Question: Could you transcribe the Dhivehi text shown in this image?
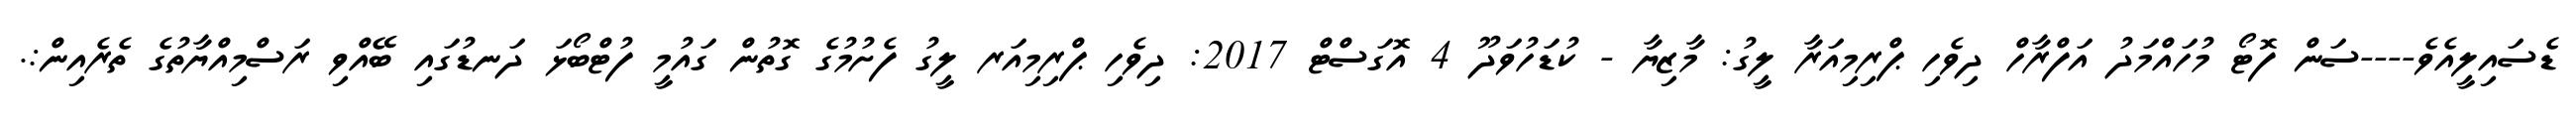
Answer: ޑެސައިލީއެވެ----ސަން ފޮޓޯ މުހައްމަދު އަފްރާހް ދިވެހި ޕްރިމިއަރާ ލީގު: މާޒިޔާ - ކުޑަހުވަދޫ 4 އޮގަސްޓް 2017: ދިވެހި ޕްރިމިއަރ ލީގު ފެށުމުގެ ގޮތުން ގައުމީ ފުޓްބޯޅަ ދަނޑުގައި ބޭއްވި ރަސްމިއްޔާތުގެ ތެރެއިން:.